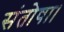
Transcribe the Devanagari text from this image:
संतोषा।